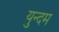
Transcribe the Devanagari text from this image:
युन्दम